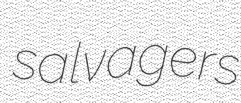
salvagers